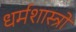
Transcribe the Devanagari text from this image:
धर्मशास्‍त्रों